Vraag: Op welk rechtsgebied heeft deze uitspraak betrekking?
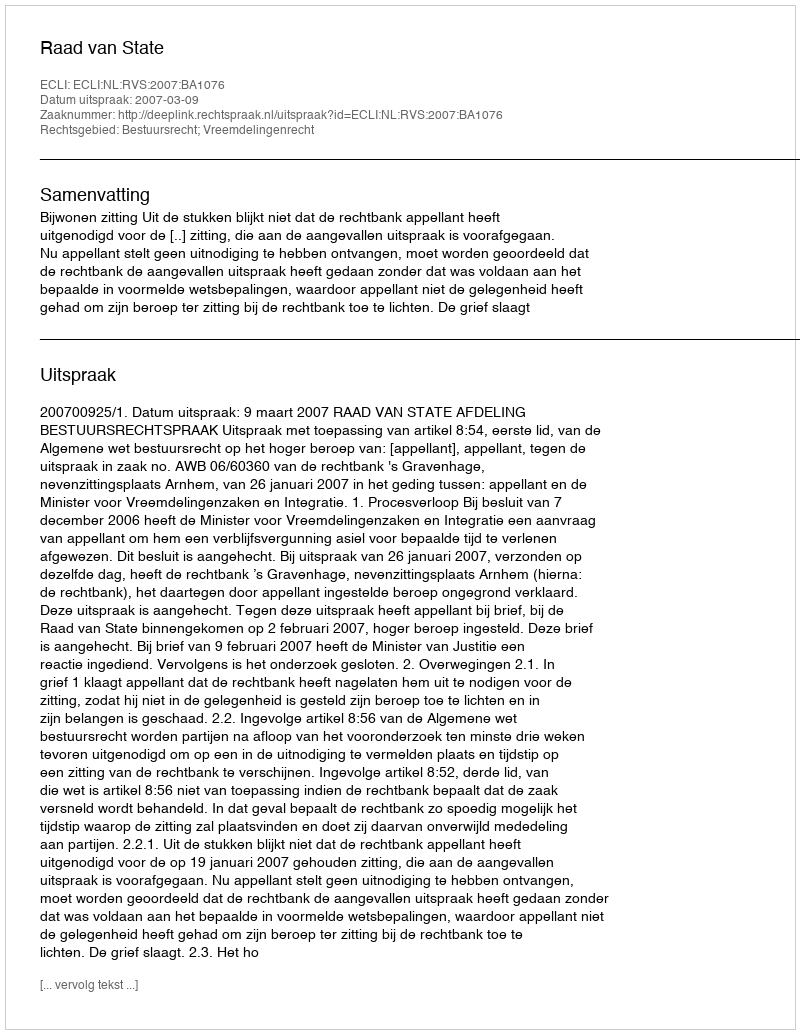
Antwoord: Bestuursrecht; Vreemdelingenrecht